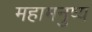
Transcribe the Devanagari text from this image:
महामनुष्य